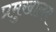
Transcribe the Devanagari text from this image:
प्रमुखालय